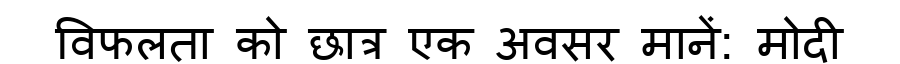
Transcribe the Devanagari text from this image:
विफलता को छात्र एक अवसर मानें: मोदी